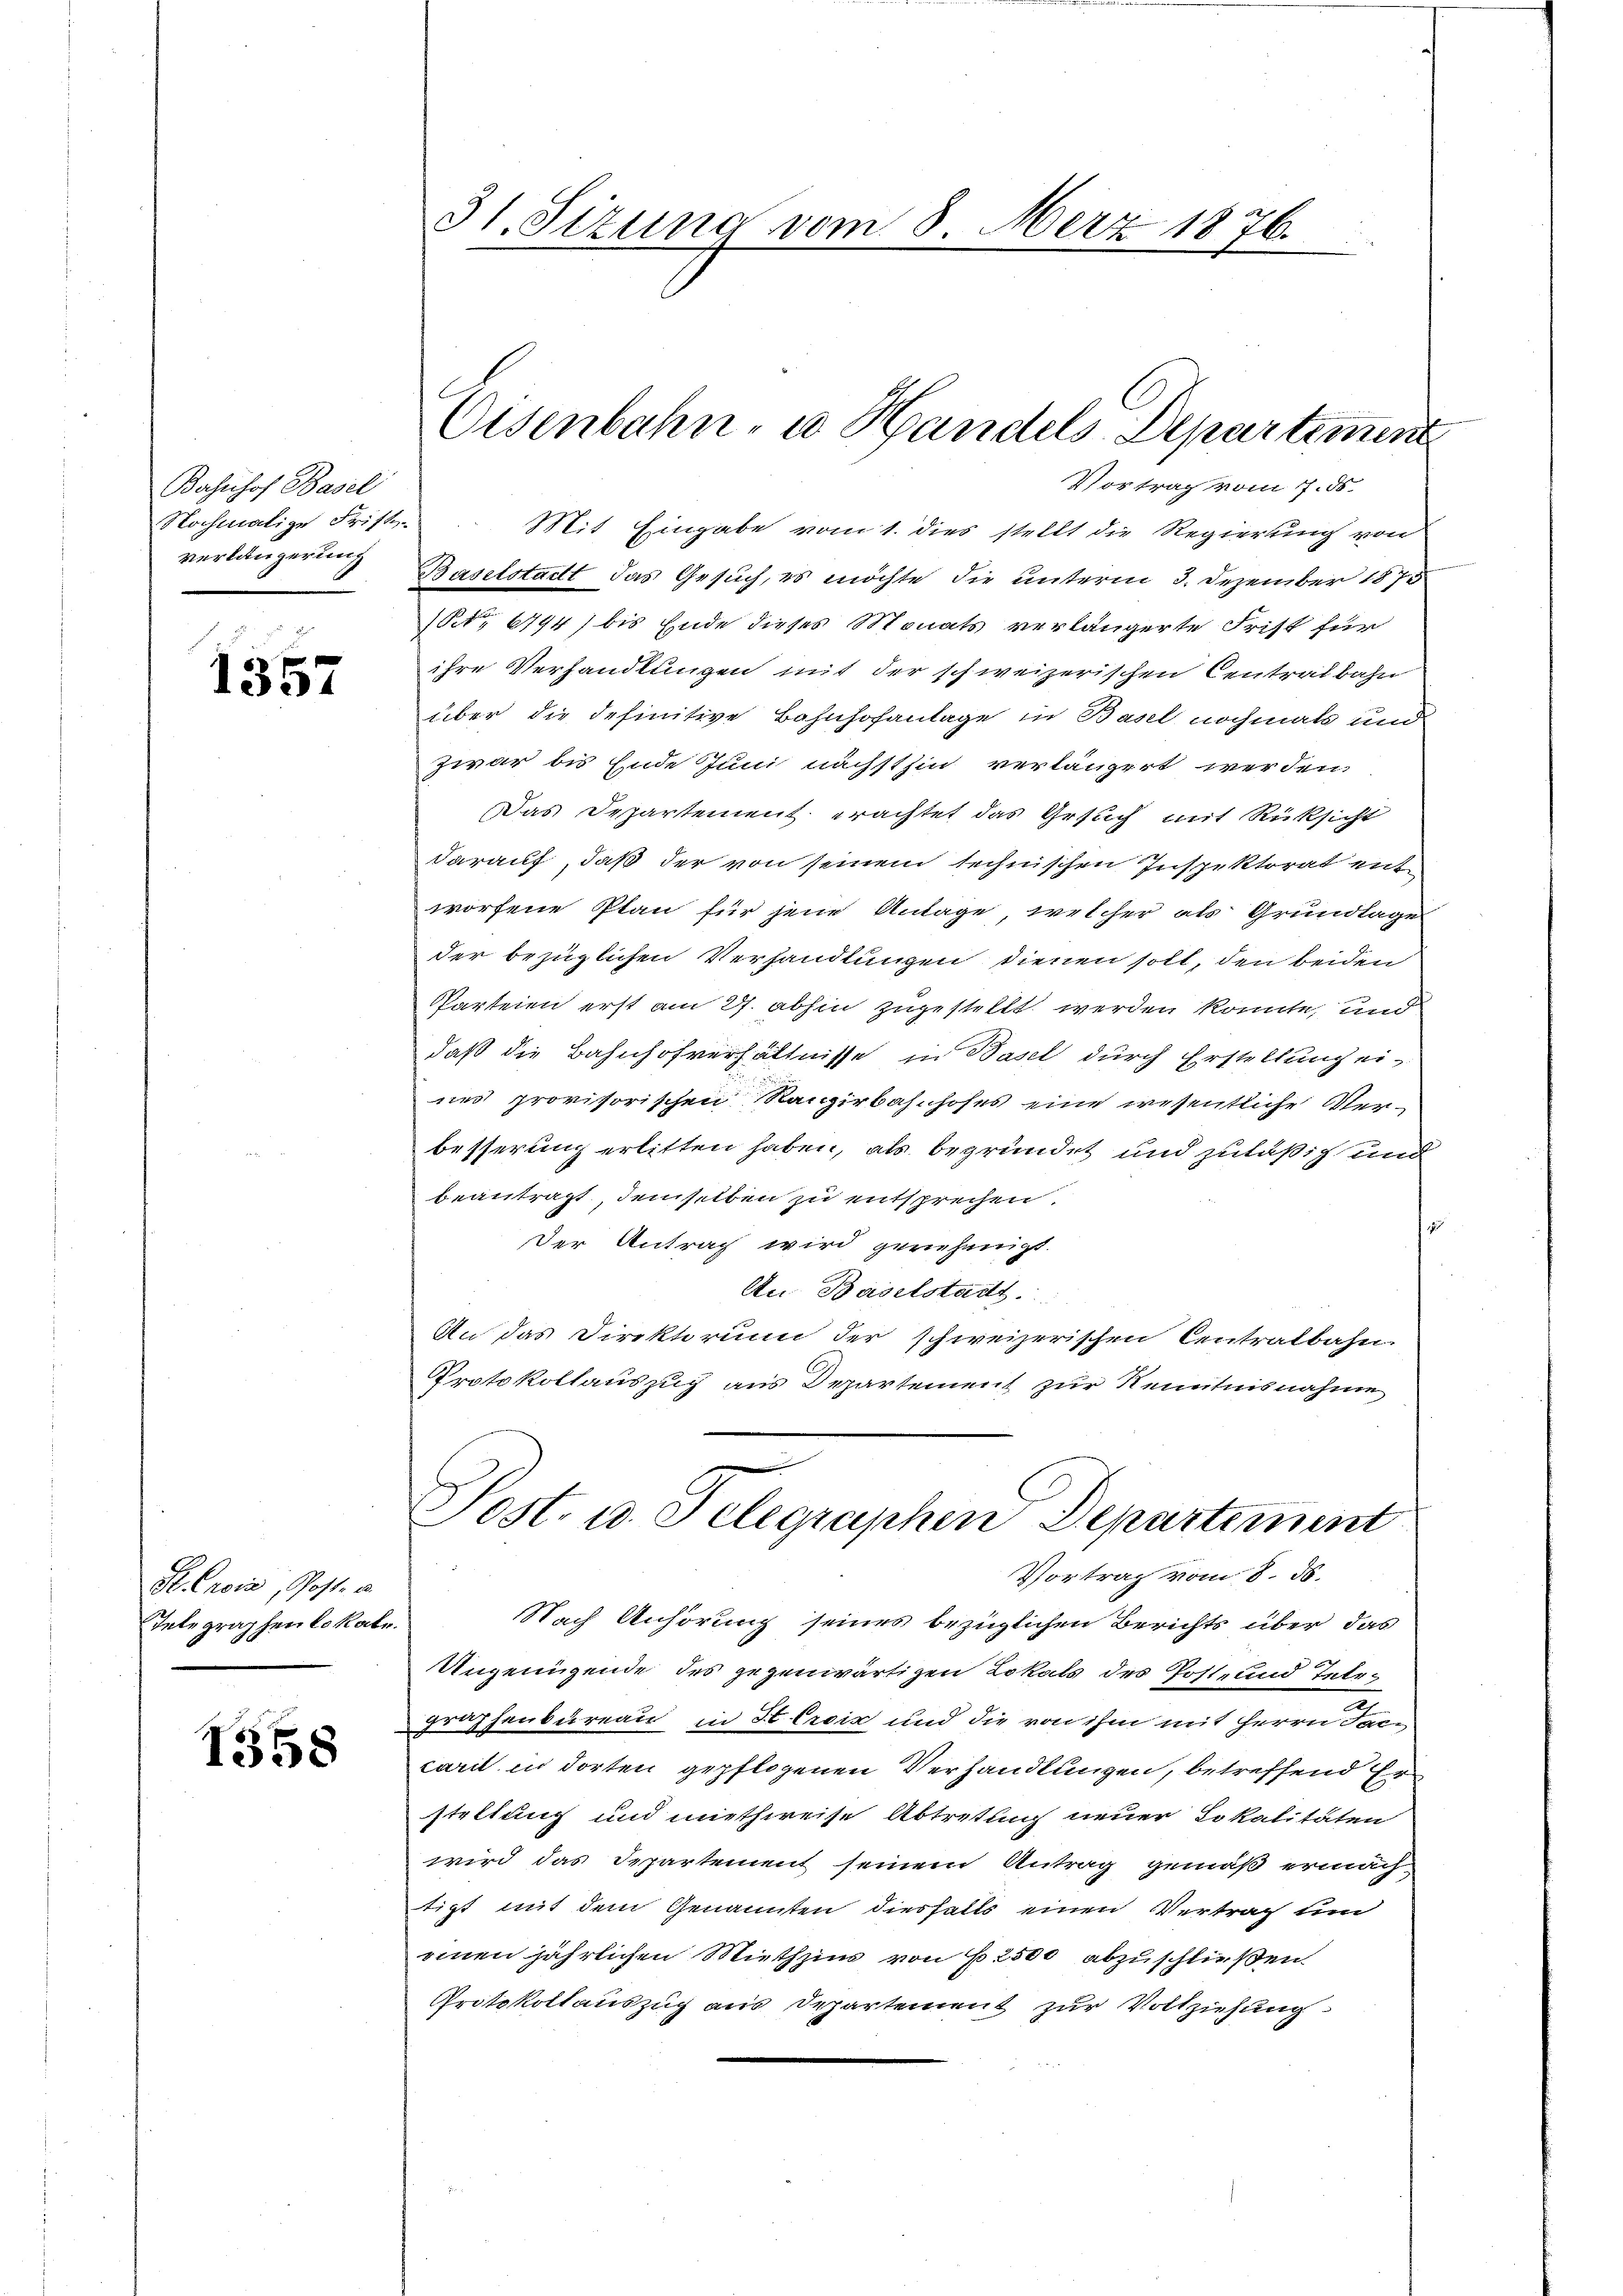
Bahnhof Basel
Nochmalige Fristi-
verlängerung

1357

Mr. Croix, Post u.
Telegraphen lokale.

1558

Vortrag vom 7. ds.
Mit Eingabe vom 1. dies stellt die Regierung von
Baselstadt das Gesuch, es möchte die unterm 3. Dezember 1875
(No 6794) bis Ende dieses Monats verlängerte Frist für
ihre Verhandlungen mit der schweizerischen Centralbahn
über die definitive Bahnhofanlage in Basel nochmals und
zwar bis Ende Juni nächsthin verlängert werden.
Das Departement erachtet das Gesuch mit Rücksicht
darauf, daß der von seinem technischen Inspektorat entworfene Plan für jene Anlage, welcher als Grundlage
der bezüglichen Verhandlungen dienen soll, den beiden
Parteien erst am 27. abhin zugestellt werden könnte, und
daß die Bahnhofverhältnisse in Basel durch Erstellung ei-
nes provisorischen Rangirbahnhofes eine wesentliche Ver-
besserung erlitten haben, als begründet und zuläßig und
beantragt, demselben zu entsprechen.
1
Der Antrag wird genehmigt.
An Baselstadtt
An das Direktorum der schweizerischen Centralbahn
Protokollauszug aus Departement zur Kenntnisnahme

31. Sizung vom 8. März 1876.

Eisenbahn- u. Handels Departement

Vortrag vom 8. d.
Nach Anhörung seines bezüglichen Berichts über das
Ungenügende des gegenwärtigen Lokals des Poste und Tele¬
u
praphenbureau in St. Creiz und die von ihm mit Herrn Jac
carii in dorten gepflogenen Verhandlungen, betreffend Erstellung und miethwreise Abtretung neuer Lokalitäten
wird das Departement seinem Antrag gemäß ermachict mit dem Genannten diesfalls einen Vertrag und
einen jährlichen Miethzins von 2500 abzuschließen.
Protokollauszug aus Departement zur Vollziehung

Sost. u. Telegraphen Departement